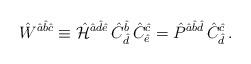
LaTeX: \begin{align*}\hat{W}^{\hat{a}\hat{b}\hat{c}} \equiv \hat{\cal H}^{\hat{a}\hat{d}\hat{e}} \,\hat{C}^{\hat{b}}_{\hat{d}}\,\hat{C}^{\hat{c}}_{\hat{e}} = \hat{P}^{\hat{a}\hat{b}\hat{d}} \,\hat{C}^{\hat{c}}_{\hat{d}}\, . \end{align*}